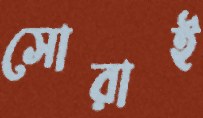
সোরাই